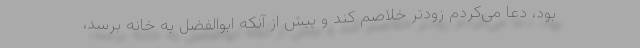
بود، دعا می‌کردم زودتر خلاصم کند و پیش از آنکه ابوالفضل به خانه برسد،